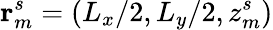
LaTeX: \mathbf{r}_{m}^{s}=(L_{x}/2,L_{y}/2,z_{m}^{s})